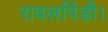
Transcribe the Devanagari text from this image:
रावलपिंडी।